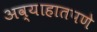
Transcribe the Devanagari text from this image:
अव्याहातपणे